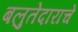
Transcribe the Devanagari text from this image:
बलुतेदाराचे